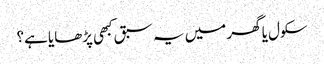
سکول یا گھر میں یہ سبق کبھی پڑھایا ہے؟